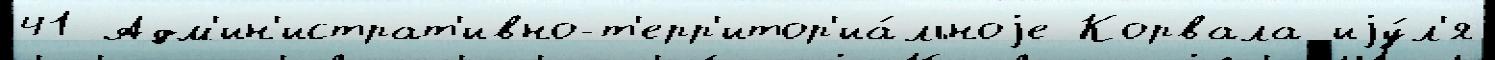
41 Адм'ин'истрат'ивно-т'ерр'итор'иа́льноjе Корвала иjу́л'я